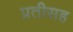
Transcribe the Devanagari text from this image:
प्रतीसह